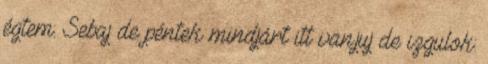
égtem: Sebaj de péntek mindjárt itt van.juj de izgulok: